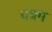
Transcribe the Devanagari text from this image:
चत्रम